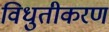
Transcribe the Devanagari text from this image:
विधुतीकरण